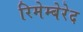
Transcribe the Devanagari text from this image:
रिमेम्बेरेद